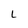
Character: L